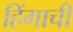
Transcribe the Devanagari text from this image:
हिंगाची